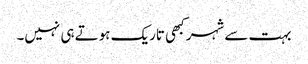
بہت سے شہر کبھی تاریک ہوتے ہی نہیں۔